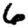
Digit: 6